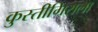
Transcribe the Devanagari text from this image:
कुस्तीगिराला